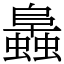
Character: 䘀